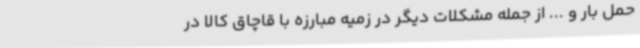
حمل بار و ... از جمله مشکلات دیگر در زمیه مبارزه با قاچاق کالا در